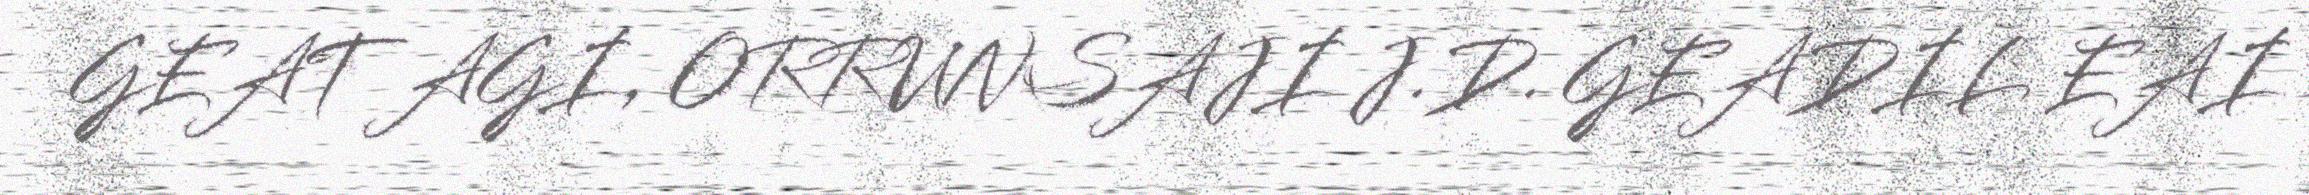
GEAT AGI, ORRUNSAJI J.D. GEADIL EAI